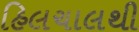
હિલચાલથી